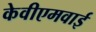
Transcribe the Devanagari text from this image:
केवीएमवाई